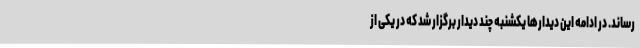
رساند. در ادامه این دیدارها یکشنبه چند دیدار برگزار شد که در یکی از